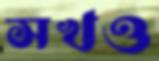
সখও